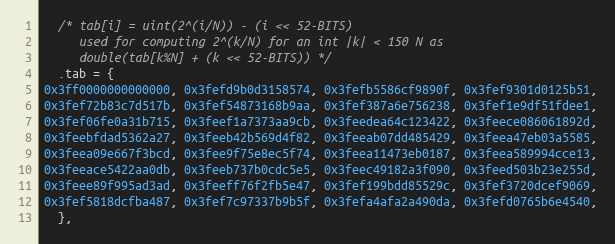
Language: C
  /* tab[i] = uint(2^(i/N)) - (i << 52-BITS)
     used for computing 2^(k/N) for an int |k| < 150 N as
     double(tab[k%N] + (k << 52-BITS)) */
  .tab = {
0x3ff0000000000000, 0x3fefd9b0d3158574, 0x3fefb5586cf9890f, 0x3fef9301d0125b51,
0x3fef72b83c7d517b, 0x3fef54873168b9aa, 0x3fef387a6e756238, 0x3fef1e9df51fdee1,
0x3fef06fe0a31b715, 0x3feef1a7373aa9cb, 0x3feedea64c123422, 0x3feece086061892d,
0x3feebfdad5362a27, 0x3feeb42b569d4f82, 0x3feeab07dd485429, 0x3feea47eb03a5585,
0x3feea09e667f3bcd, 0x3fee9f75e8ec5f74, 0x3feea11473eb0187, 0x3feea589994cce13,
0x3feeace5422aa0db, 0x3feeb737b0cdc5e5, 0x3feec49182a3f090, 0x3feed503b23e255d,
0x3feee89f995ad3ad, 0x3feeff76f2fb5e47, 0x3fef199bdd85529c, 0x3fef3720dcef9069,
0x3fef5818dcfba487, 0x3fef7c97337b9b5f, 0x3fefa4afa2a490da, 0x3fefd0765b6e4540,
  },